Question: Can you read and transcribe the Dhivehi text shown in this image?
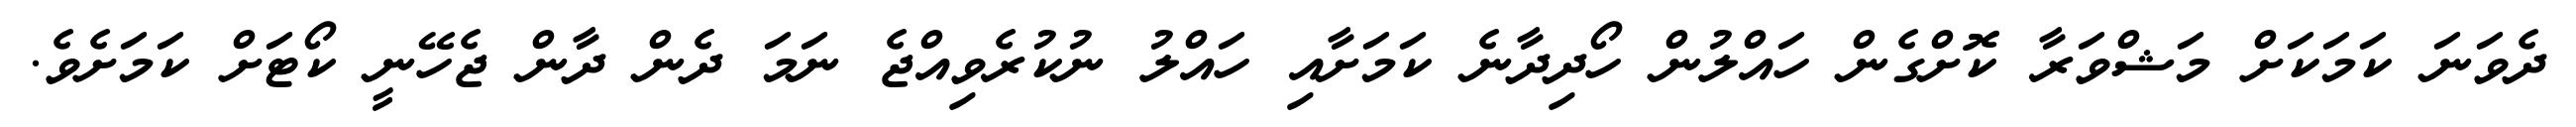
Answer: ދެވަނަ ކަމަކަށް މަޝްވަރާ ކޮށްގެން ހައްލުން ހޯދިދާނެ ކަމަށާއި ހައްލު ނުކުރެވިއްޖެ ނަމަ ދެން ދާން ޖެހޭނީ ކޯޓަށް ކަމަށެވެ.